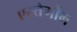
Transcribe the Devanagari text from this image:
एस्तेर्गोम